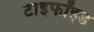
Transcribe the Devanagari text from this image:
टाइफॉइड